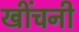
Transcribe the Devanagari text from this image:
खींचनी